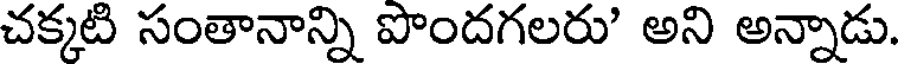
చక్కటి సంతానాన్ని పొందగలరు' అని అన్నాడు.